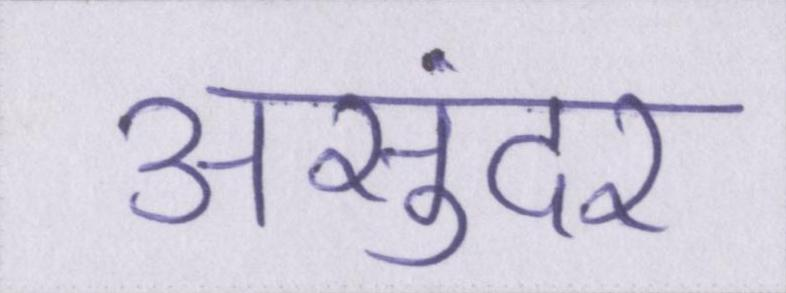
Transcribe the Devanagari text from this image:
असुंदर